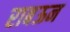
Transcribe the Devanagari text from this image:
राबऊन